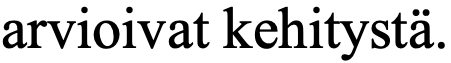
arvioivat kehitystä.